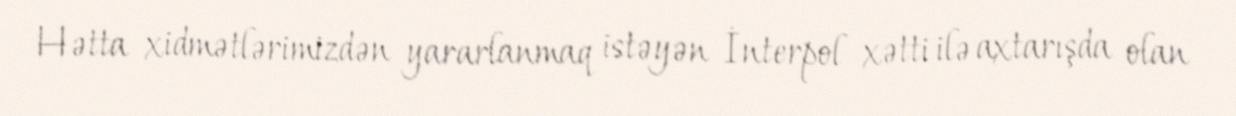
Hətta xidmətlərimizdən yararlanmaq istəyən İnterpol xətti ilə axtarışda olan